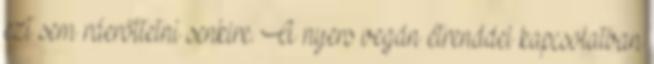
ezt sem ráerőltetni senkire. A nyers vegán étrenddel kapcsolatban